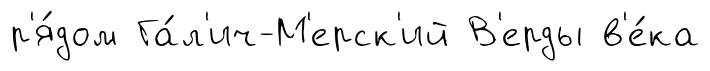
р'я́дом Га́л'ич-М'ерск'ий В'ерды в'е́ка